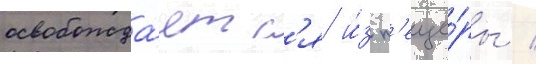
освобожда́етс'я и́з п'еще́ры /